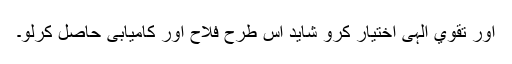
اور تقويٰ الہى اختيار کرو شايد اس طرح فلاح اور کاميابى حاصل کرلو۔